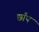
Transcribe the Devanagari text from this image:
छाँप